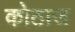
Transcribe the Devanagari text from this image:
कोठाज